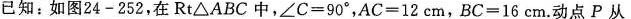
已知：如图24-252，在Rt△ABC中，$$∠ C = 9 0 °$$，$$A C = 1 2 c m$$，$$B C = 1 6 c m$$.动点P从